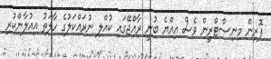
ފޮރިން މިނިސްޓްރީން ވެސް އިއްޔެ ބުނީ ރާއްޖޭގައި ކުއްލި ނުރައްކަލުގެ ހާލަތު އިއުލާންކުރި